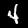
Digit: 4